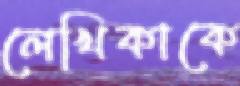
লেখিকাকে